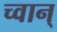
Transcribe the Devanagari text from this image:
च्वान्